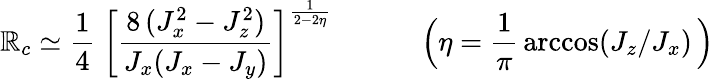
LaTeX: \mathbb{R}_{c}\simeq\frac{{1}}{{4}}\ \bigg[\frac{{8\, (J_{x}^{2}-J_{z}^{2})}}{{J_{x}(J_{x}-J_{y})}}\bigg]^{\frac{{1}}{{2-2\eta}}}\, \quad\qquad\Big(\eta=\frac{{1}}{{\pi}}\, \operatorname{arccos}(J_{z}/J_{x})\, \Big)